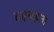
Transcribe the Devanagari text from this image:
हड़बड़ता